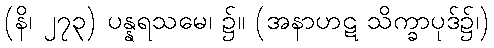
(နိ၊ ၂၇၃) ပန္နရသမေ၊ ၌။ (အနာဟဋ သိက္ခာပုဒ်၌၊)